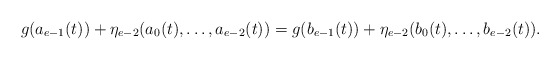
\begin{align*} g(a_{e-1}(t))+\eta_{e-2}(a_0(t), \ldots, a_{e-2}(t))=g(b_{e-1}(t))+\eta_{e-2}(b_0(t), \ldots, b_{e-2}(t)).\end{align*}